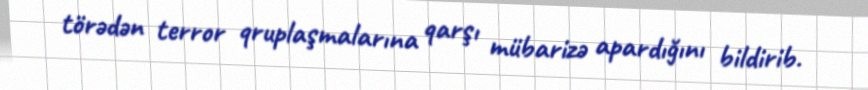
törədən terror qruplaşmalarına qarşı mübarizə apardığını bildirib.